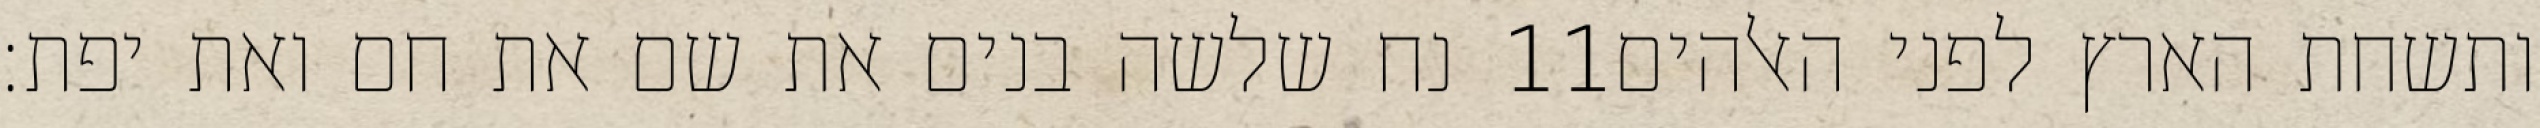
נח שלשה בנים את שם את חם ואת יפת׃ ‎11‏ ותשחת הארץ לפני האלהים